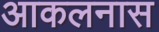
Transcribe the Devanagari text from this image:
आकलनास